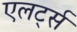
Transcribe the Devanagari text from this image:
एलर्ट्स